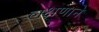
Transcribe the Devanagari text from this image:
लक्षणाने